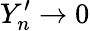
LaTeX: Y_{n}^{\prime}\rightarrow 0